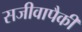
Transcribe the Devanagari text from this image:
सजीवापैकी